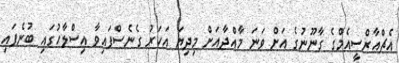
އެޗްއާރްސީއެމްގެ ގާނޫނުގެ އަށް ވަނަ މާއްދާއަށް މިދިޔަ އަހަރު ގެނެސްފައިވާ އިސްލާހުގައި ބުނެފައި